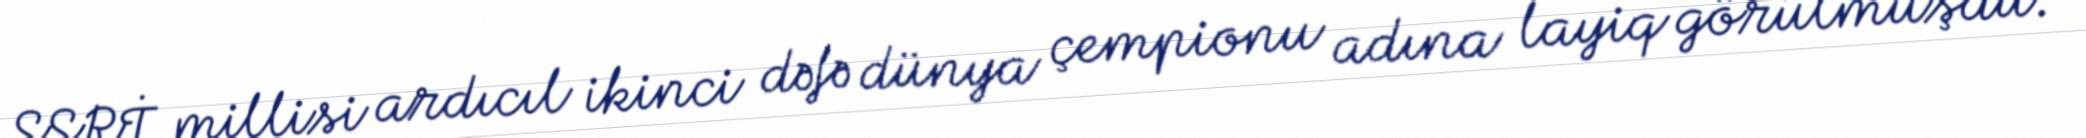
SSRİ millisi ardıcıl ikinci dəfə dünya çempionu adına layiq görülmüşdü.